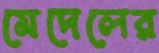
মেদেলের